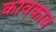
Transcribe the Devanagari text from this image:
कावकाव